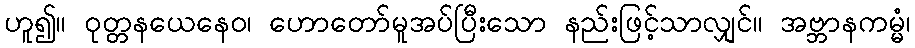
ဟူ၍။ ဝုတ္တနယေနေဝ၊ ဟောတော်မူအပ်ပြီးသော နည်းဖြင့်သာလျှင်။ အဗ္ဘာနကမ္မံ၊